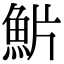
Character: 魸